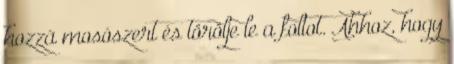
hozzá mosószert és törölje le a foltot. Ahhoz, hogy